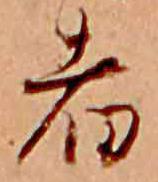
者